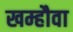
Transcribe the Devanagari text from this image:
खम्हौवा